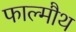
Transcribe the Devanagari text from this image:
फाल्मौथ